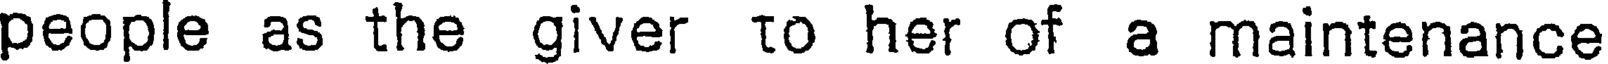
people as the giver to her of a maintenance